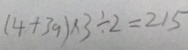
( 4 + 3 9 ) \times 3 \div 2 = 2 1 5